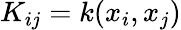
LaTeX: K_{ij}=k(x_{i},x_{j})